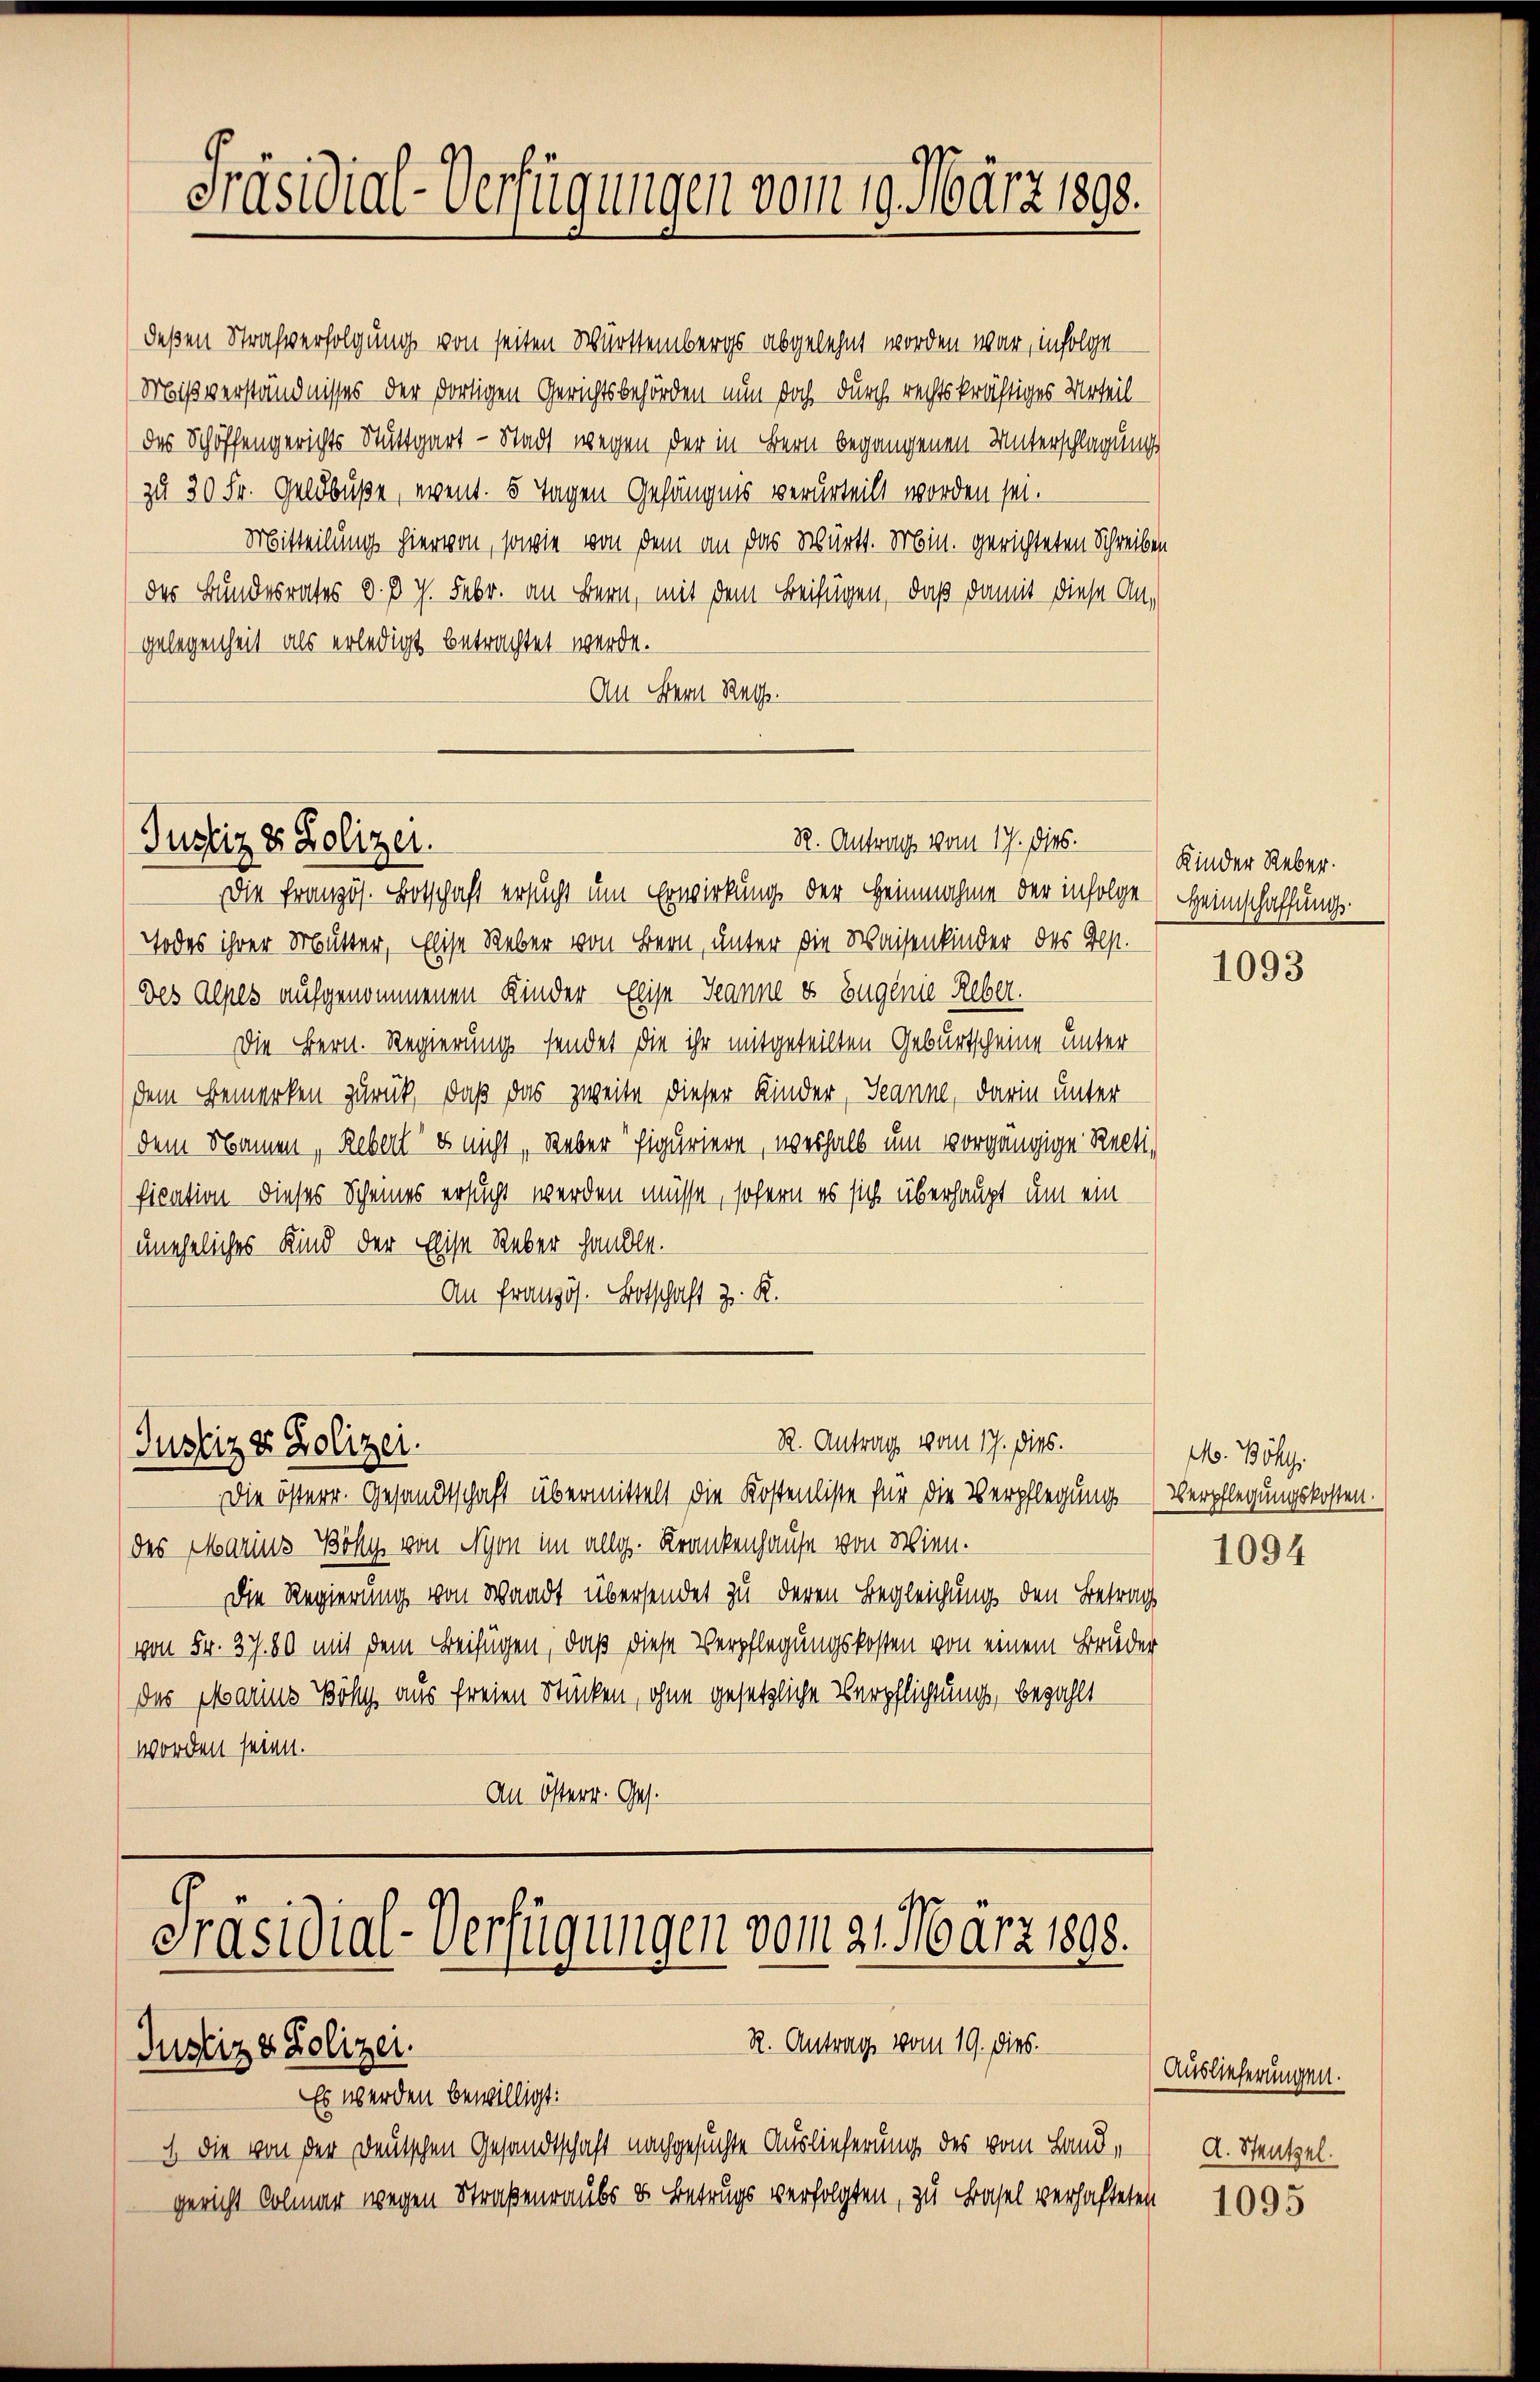
Präsidial-Verfügungen vom 19. März 1890.

deßen Strafverfolgung von seiten Württembergs abgelehnt worden war, infolge
Mißverständnisses der dortigen Gerichtsbehörden nun doch durch rechtskräftiges Urteil
des Schöffengerichts Stuttgart - Stadt wegen der in Bern begangenen Unterschlagung
zu 30 Fr. Geldbuße, event. 5 Tagen Gefängnis verurteilt worden sei.
Mitteilung hiervon, sowie von dem an das Württ. Min. gerichteten Schreiben
des Bundesrates d. d. J. Febr. an Bern, mit dem Beifügen, daß damit diese An-
Gelegenheit als erledigt betrachtet werde.
An Bern Rath.

R. Antrag vom 17. dies.
Justiz & Polizei.
Die Französ. Botschaft ersucht um Erwirkung der Heinnahme der infolge (Heimschaffungs-

Justiz & Polizei.

Todes ihrer Mutter, Elise Reber von Bern, unter die Waisenkinder des Ges.
Des Alpes aufgenommenen Kinder Eise-Seanne es Eugenie Reber.
Die Bern. Regierung sendet die ihr mitgeteilten Geburtscheine unter
dem Bemerken zurück, daß das zweite dieser Kinder, Jeanne, darin unter
dem Namen, Rebert es nicht, Weber Figuriere, weshalb um vorgängige Recti-
fication dieses Scheines ersucht werden müsse, sofern es sich überhaupt um ein
uneheliches Kind der Elise Reber handle.
An Französ. Botschaft z. R.

R. Antrag vom 17. Dies.

Die österr. Gesandtschaft übermittelt die Kostenliste für die Verpflegung (Verpflegungskosten.
des Marius Bölly von Nyon im allg. Krankenhause von Wien.
Die Regierung von Waadt übersendet zu deren Begleichung den Betrag
von Fr. 37. 80 mit dem Beifügen, daß diese Verpflegungskosten von einem Bruder
des Marius Böhl, aus freien Stücken, ohne gesetzliche Verpflichtung, bezahlt
worden seien.
An Österr. Ges.

Präsidial-Verfügungen vom 21. März 1898.
R. Antrag vom 19. dies.
Justiz & Polizei.

Es werden bewilligt:
1 die von der Deutschen Gesandtschaft nachgesuchte Auslieferung des vom Landgericht Colmar wegen Straßenraubes & Betrugs verfolgten, zu Basel verhafteten

Kinder Reber.

1093

M. Böhy.

1094

Auslieferungen.
A. Stentzel.

1095